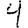
Digit: 4